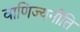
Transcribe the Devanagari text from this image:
वाणिज्यनीति